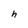
Character: h